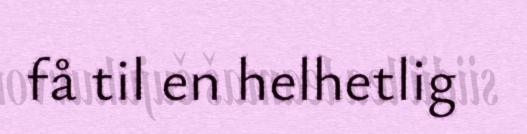
få til en helhetlig